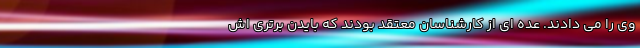
وی را می دادند. عده ای از کارشناسان معتقد بودند که بایدن برتری اش